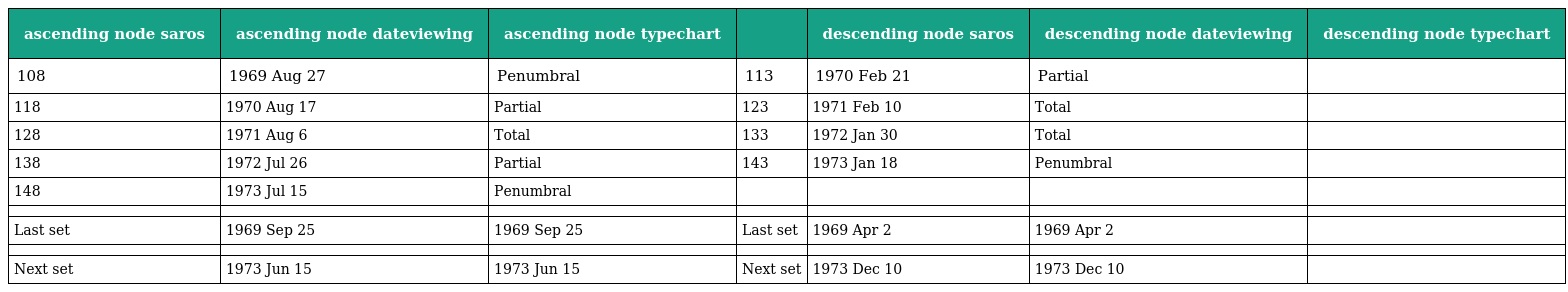
| ascending node saros | ascending node dateviewing | ascending node typechart |  | descending node saros | descending node dateviewing | descending node typechart |
 | --- | --- | --- | --- | --- | --- | --- |
 | 108 | 1969 Aug 27 | Penumbral | 113 | 1970 Feb 21 | Partial |  |
 | 118 | 1970 Aug 17 | Partial | 123 | 1971 Feb 10 | Total |  |
 | 128 | 1971 Aug 6 | Total | 133 | 1972 Jan 30 | Total |  |
 | 138 | 1972 Jul 26 | Partial | 143 | 1973 Jan 18 | Penumbral |  |
 | 148 | 1973 Jul 15 | Penumbral |  |  |  |  |
 |  |  |  |  |  |  |  |
 | Last set | 1969 Sep 25 | 1969 Sep 25 | Last set | 1969 Apr 2 | 1969 Apr 2 |  |
 |  |  |  |  |  |  |  |
 | Next set | 1973 Jun 15 | 1973 Jun 15 | Next set | 1973 Dec 10 | 1973 Dec 10 |  |